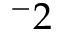
^ - 2